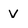
Character: V